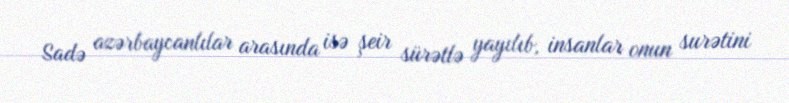
Sadə azərbaycanlılar arasında isə şeir sürətlə yayılıb, insanlar onun surətini